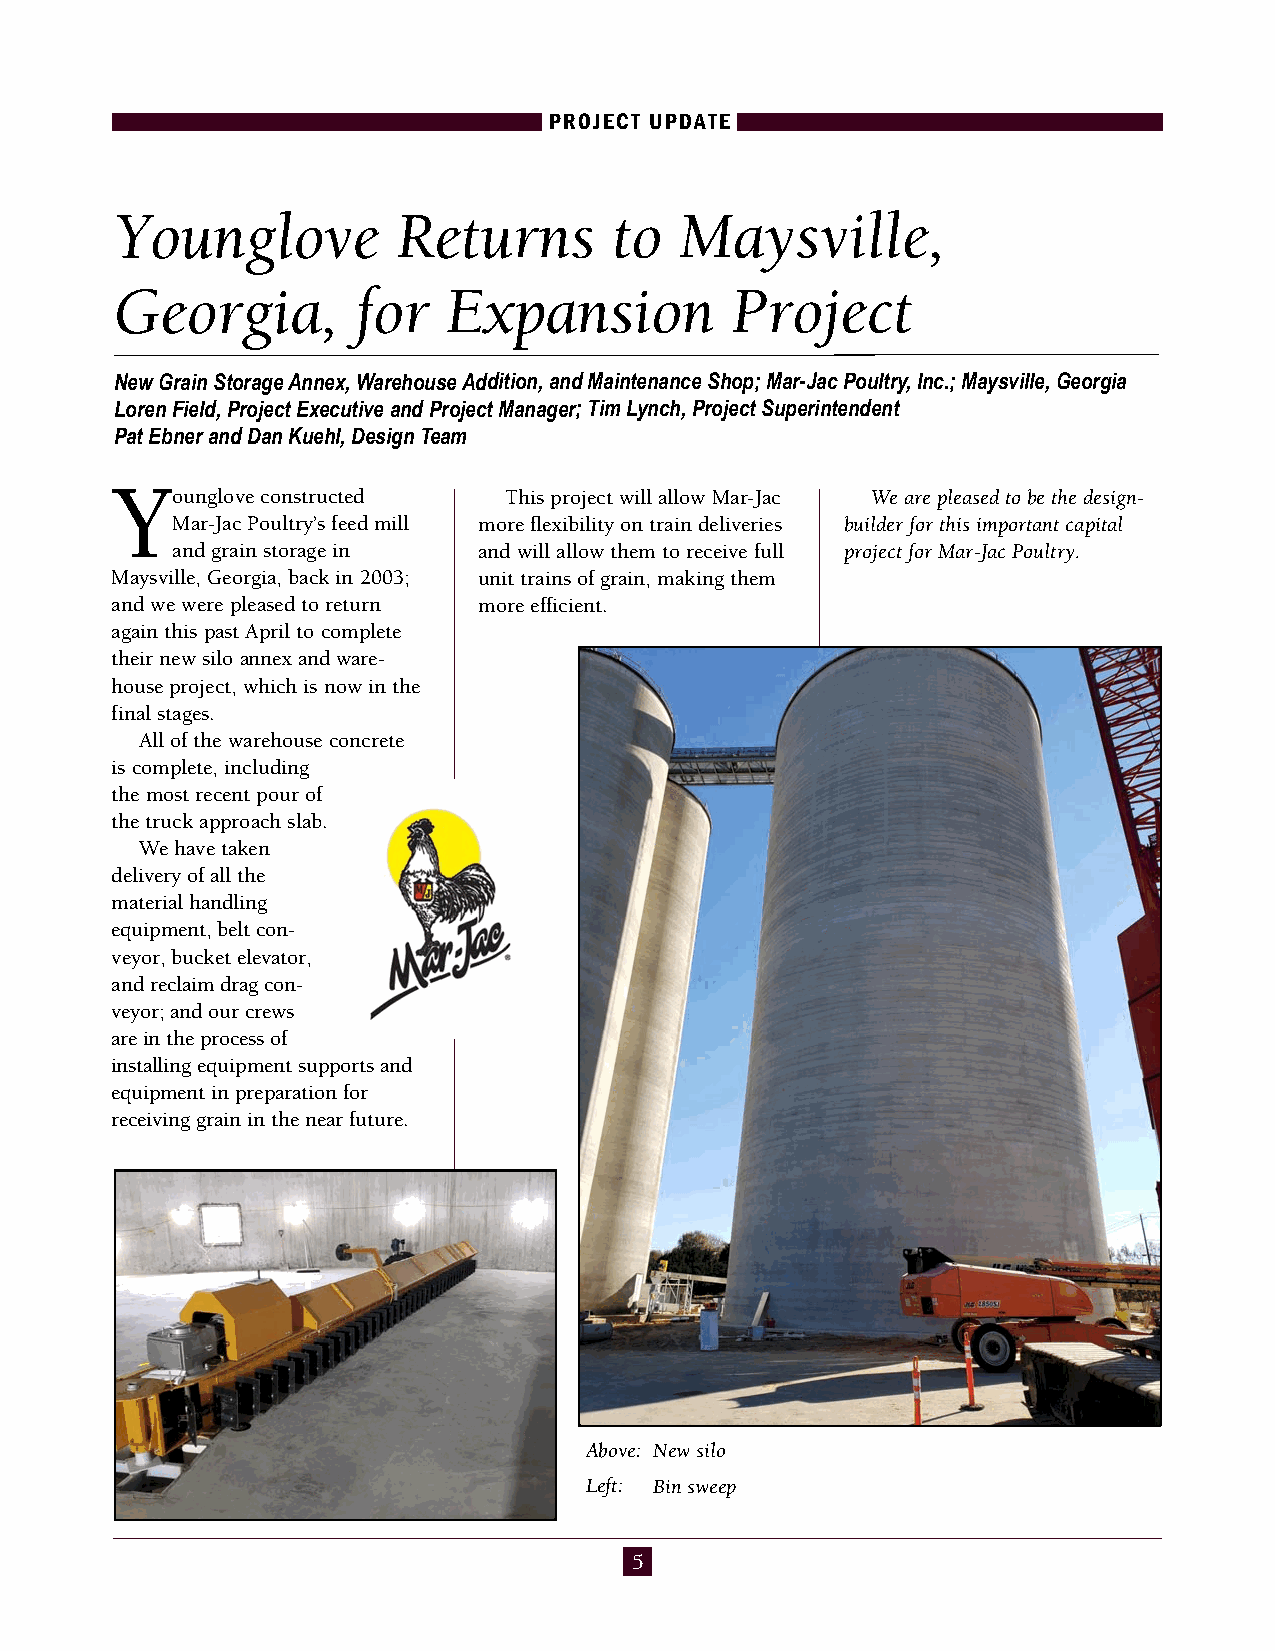
PROJECT UPDATE
 Younglove         Returns        to  Maysville,
 Georgia,        for   Expansion         Project
 New Grain Storage Annex, Warehouse Addition, and Maintenance Shop; Mar-Jac Poultry, Inc.; Maysville, Georgia
 Loren Field, Project Executive and Project Manager; Tim Lynch, Project Superintendent
 Pat Ebner and Dan Kuehl, Design Team
 Y
 ounglove constructed  This project will allow Mar-Jac We are pleased to be the design-
 Mar-Jac Poultry’s feed mill more flexibility on train deliveries builder for this important capital
 and grain storage in and will allow them to receive full project for Mar-Jac Poultry.
 Maysville, Georgia, back in 2003; unit trains of grain, making them
 and we were pleased to return more efficient.
 again this past April to complete
 their new silo annex and ware-
 house project, which is now in the
 final stages.
 All of the warehouse concrete
 is complete, including
 the most recent pour of
 the truck approach slab.
 We have taken
 delivery of all the
 material handling
 equipment, belt con -
 veyor, bucket elevator,
 and reclaim drag con -
 veyor; and our crews
 are in the process of
 installing equipment supports and
 equipment in preparation for
 receiving grain in the near future.
 Above: New silo
 Left: Bin sweep
 5